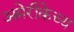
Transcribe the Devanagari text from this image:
अमेरीकेच्य